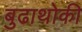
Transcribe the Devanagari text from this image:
बुढाथोकी